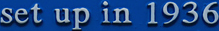
set up in 1936